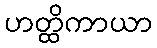
ဟတ္ထိကာယာ